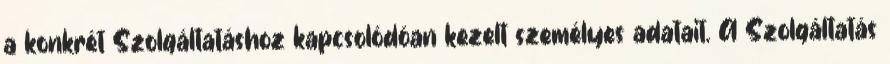
a konkrét Szolgáltatáshoz kapcsolódóan kezelt személyes adatait. A Szolgáltatás